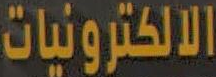
الالكترونيات